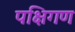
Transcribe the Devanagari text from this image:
पक्षिगण